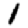
Digit: 1